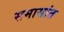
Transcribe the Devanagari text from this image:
समासांत